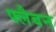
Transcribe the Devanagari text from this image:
फ्लैबन